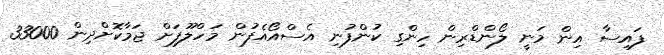
ފައިސާ އިން މަނީ ލޯންޑްރިން ހިންގި ކުންފުނި އެސްއޯއެފުން މަހްލޫފަށް ޖަމާކޮށްދިން 33000